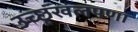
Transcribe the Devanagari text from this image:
उच्छृंखलपणा